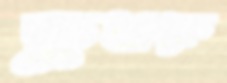
ক্ষুধাকে